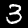
Label: 3